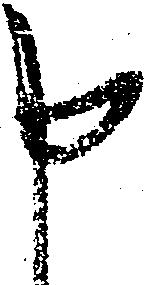
申